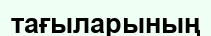
тағыларының